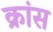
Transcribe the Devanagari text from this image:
क्रांस